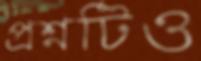
প্রশ্নটিও